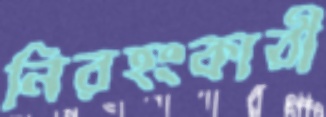
নিরহংকারী